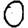
Digit: 0